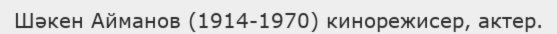
Шәкен Айманов (1914-1970) кинорежисер, актер.